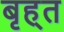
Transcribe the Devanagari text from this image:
बृह्त